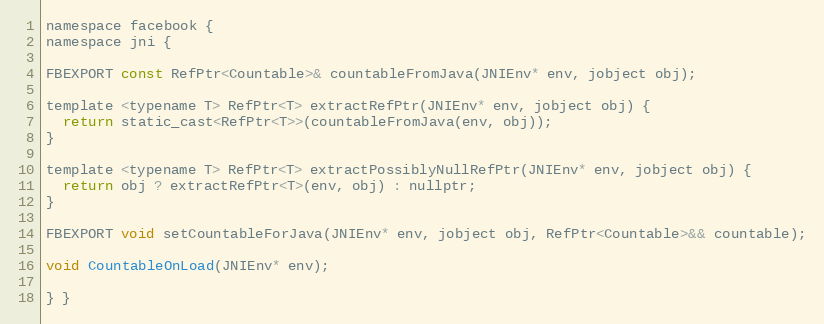
Language: C
namespace facebook {
namespace jni {

FBEXPORT const RefPtr<Countable>& countableFromJava(JNIEnv* env, jobject obj);

template <typename T> RefPtr<T> extractRefPtr(JNIEnv* env, jobject obj) {
  return static_cast<RefPtr<T>>(countableFromJava(env, obj));
}

template <typename T> RefPtr<T> extractPossiblyNullRefPtr(JNIEnv* env, jobject obj) {
  return obj ? extractRefPtr<T>(env, obj) : nullptr;
}

FBEXPORT void setCountableForJava(JNIEnv* env, jobject obj, RefPtr<Countable>&& countable);

void CountableOnLoad(JNIEnv* env);

} }